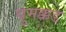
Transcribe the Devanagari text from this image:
घुमक्कड